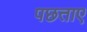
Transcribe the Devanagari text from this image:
पछताए